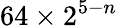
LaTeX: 64\times 2^{5-n}